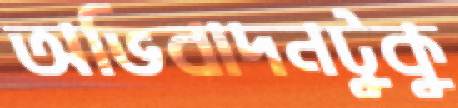
অভিবাদনটুকু